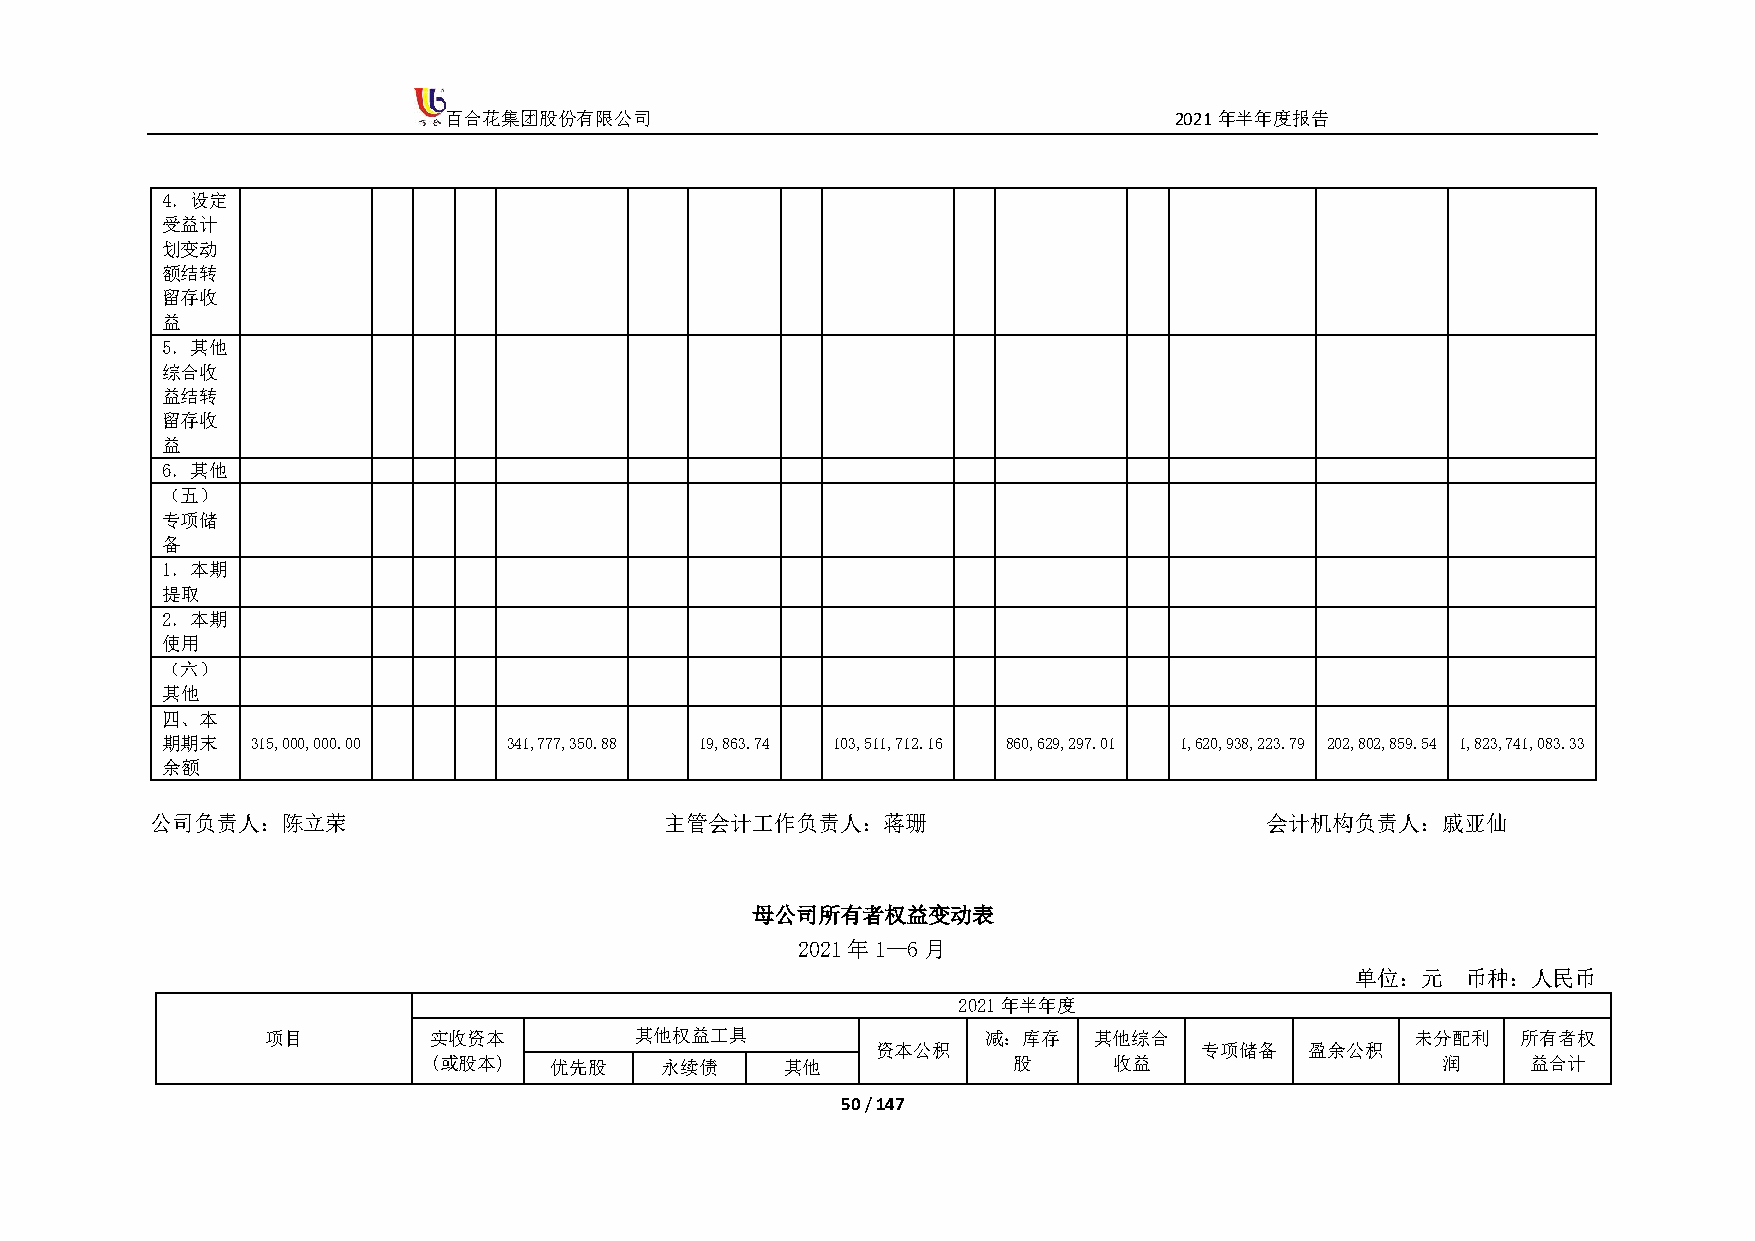
百合花集团股份有限公司                                      2021年半年度报告
 4．设定
 受益计
 划变动
 额结转
 留存收
 益
 5．其他
 综合收
 益结转
 留存收
 益
 6．其他
 （五）
 专项储
 备
 1．本期
 提取
 2．本期
 使用
 （六）
 其他
 四、本
 期期末   315,000,000.00   341,777,350.88 19,863.74 103,511,712.16 860,629,297.01 1,620,938,223.79 202,802,859.54 1,823,741,083.33
 余额
 公司负责人：陈立荣                         主管会计工作负责人：蒋珊                            会计机构负责人：戚亚仙
 母公司所有者权益变动表
 2021年1—6月
 单位：元   币种：人民币
 2021年半年度
 项目        实收资本          其他权益工具                 减：库存   其他综合                  未分配利   所有者权
 资本公积                 专项储备    盈余公积
 (或股本)   优先股     永续债     其他             股      收益                   润     益合计
 50 / 147